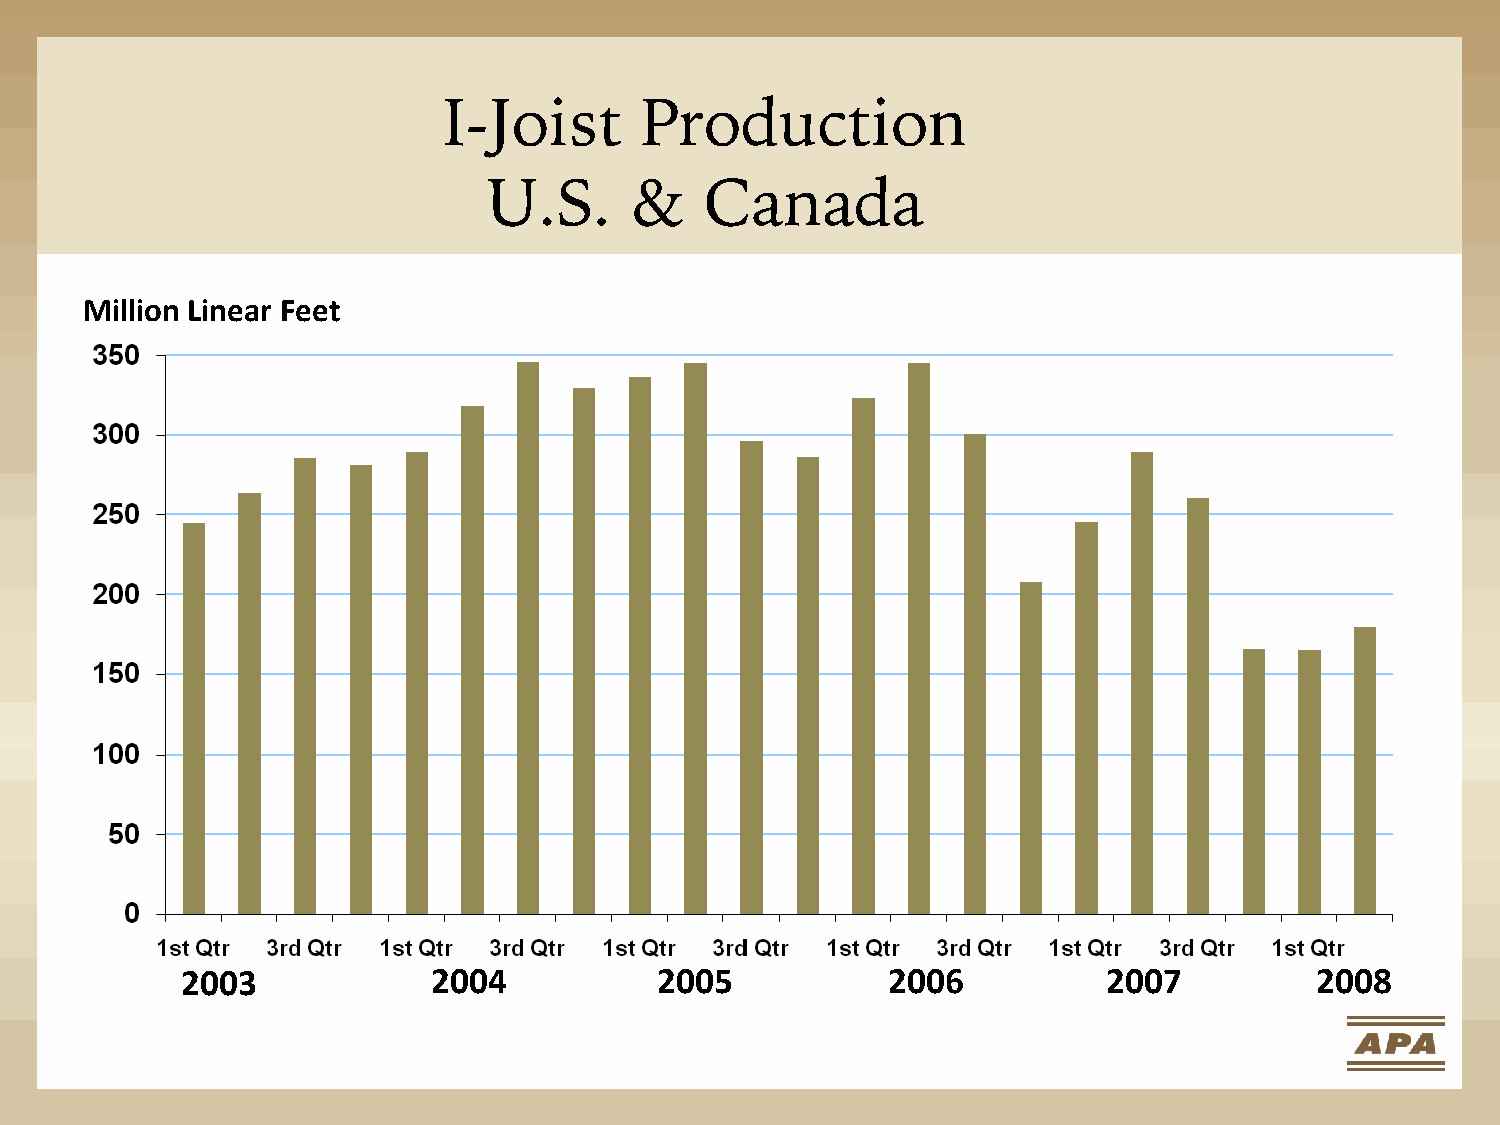
I-Joist      Production
 U.S.      &    Canada
 Million Linear Feet
 2003             2004          2005            2006          2007          2008